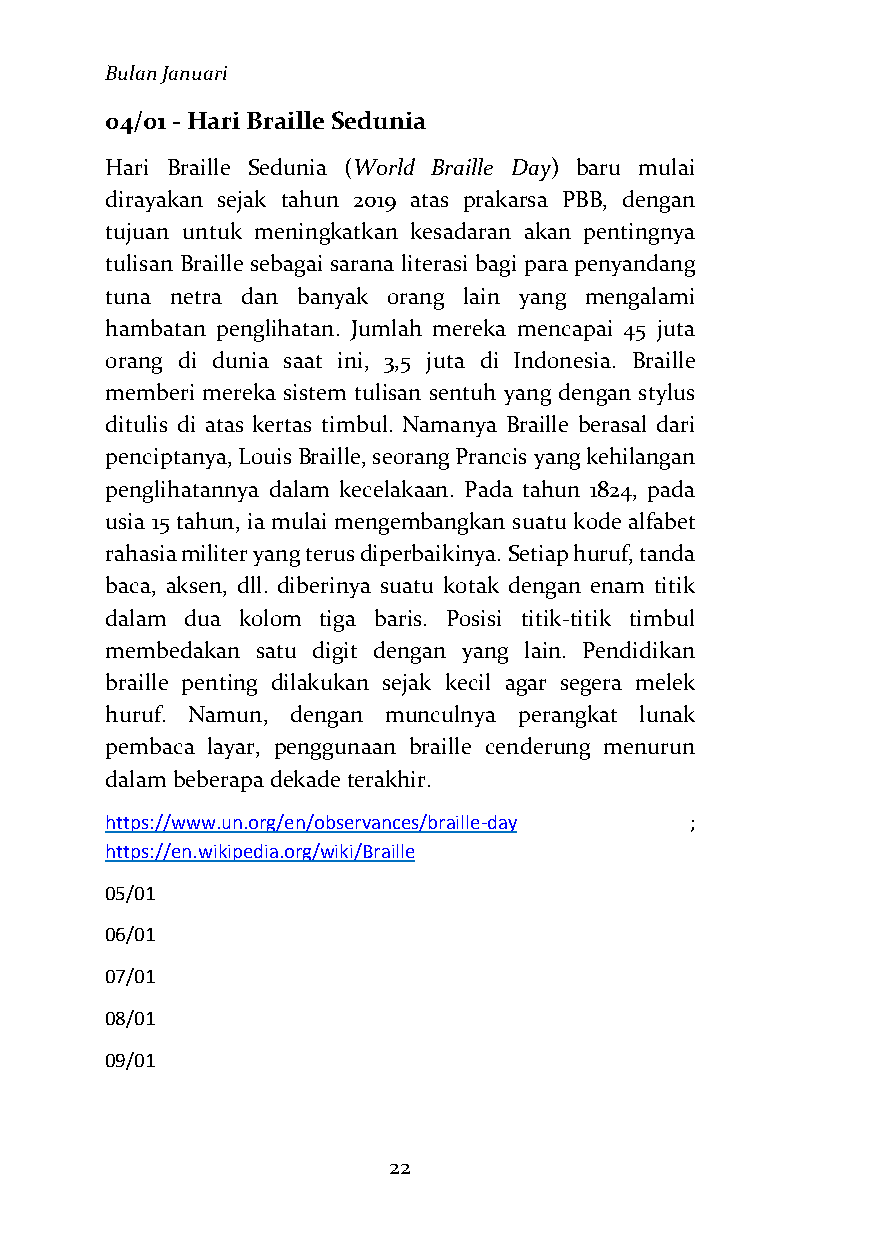
Bulan Januari
 04/01 - Hari Braille Sedunia
 Hari Braille Sedunia (World Braille Day) baru mulai
 dirayakan sejak tahun 2019 atas prakarsa PBB, dengan
 tujuan untuk meningkatkan kesadaran akan pentingnya
 tulisan Braille sebagai sarana literasi bagi para penyandang
 tuna netra dan banyak orang lain yang mengalami
 hambatan penglihatan. Jumlah mereka mencapai 45 juta
 orang di dunia saat ini, 3,5 juta di Indonesia. Braille
 memberi mereka sistem tulisan sentuh yang dengan stylus
 ditulis di atas kertas timbul. Namanya Braille berasal dari
 penciptanya, Louis Braille, seorang Prancis yang kehilangan
 penglihatannya dalam kecelakaan. Pada tahun 1824, pada
 usia 15 tahun, ia mulai mengembangkan suatu kode alfabet
 rahasia militer yang terus diperbaikinya. Setiap huruf, tanda
 baca, aksen, dll. diberinya suatu kotak dengan enam titik
 dalam dua kolom tiga baris. Posisi titik-titik timbul
 membedakan satu digit dengan yang lain. Pendidikan
 braille penting dilakukan sejak kecil agar segera melek
 huruf. Namun, dengan munculnya perangkat lunak
 pembaca layar, penggunaan braille cenderung menurun
 dalam beberapa dekade terakhir.
 https://www.un.org/en/observances/braille-day ;
 https://en.wikipedia.org/wiki/Braille
 05/01
 06/01
 07/01
 08/01
 09/01
 22